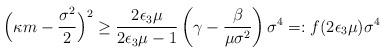
LaTeX: \begin{align*}\Big(\kappa m-{\frac{\sigma^2}{2}}\Big)^2\ge{\frac{2\epsilon_3\mu}{2\epsilon_3\mu-1}}\left(\gamma-{\frac{\beta}{\mu\sigma^2}}\right)\sigma^4=:f(2\epsilon_3\mu)\sigma^4\end{align*}